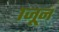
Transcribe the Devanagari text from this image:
१जून